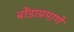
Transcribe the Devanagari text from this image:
बोंडाप्रमाणे